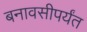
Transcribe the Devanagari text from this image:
बनावसीपर्यंत